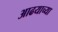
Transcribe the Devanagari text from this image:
आढयाच्या